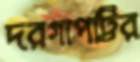
দরগাপট্টির